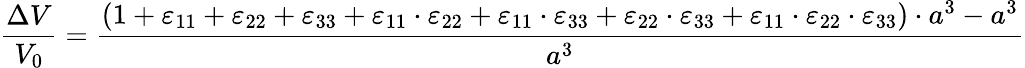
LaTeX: {\frac{\Delta V}{V_{0}}}={\frac{\left(1+\varepsilon_{11}+\varepsilon_{22}+\varepsilon_{33}+\varepsilon_{11}\cdot\varepsilon_{22}+\varepsilon_{11}\cdot\varepsilon_{33}+\varepsilon_{22}\cdot\varepsilon_{33}+\varepsilon_{11}\cdot\varepsilon_{22}\cdot\varepsilon_{33}\right)\cdot a^{3}-a^{3}}{a^{3}}}